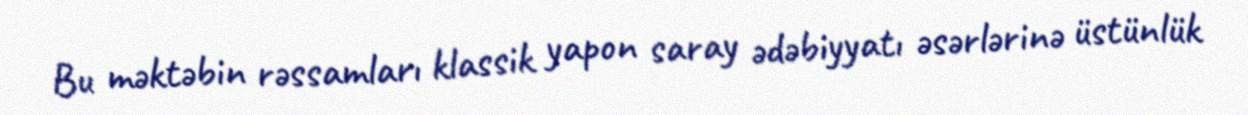
Bu məktəbin rəssamları klassik yapon saray ədəbiyyatı əsərlərinə üstünlük